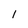
Character: 1